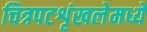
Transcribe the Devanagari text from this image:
चित्रपटशृंखलेमध्ये